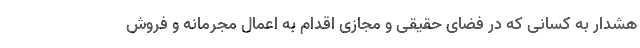
هشدار به کسانی که در فضای حقیقی و مجازی اقدام به اعمال مجرمانه و فروش